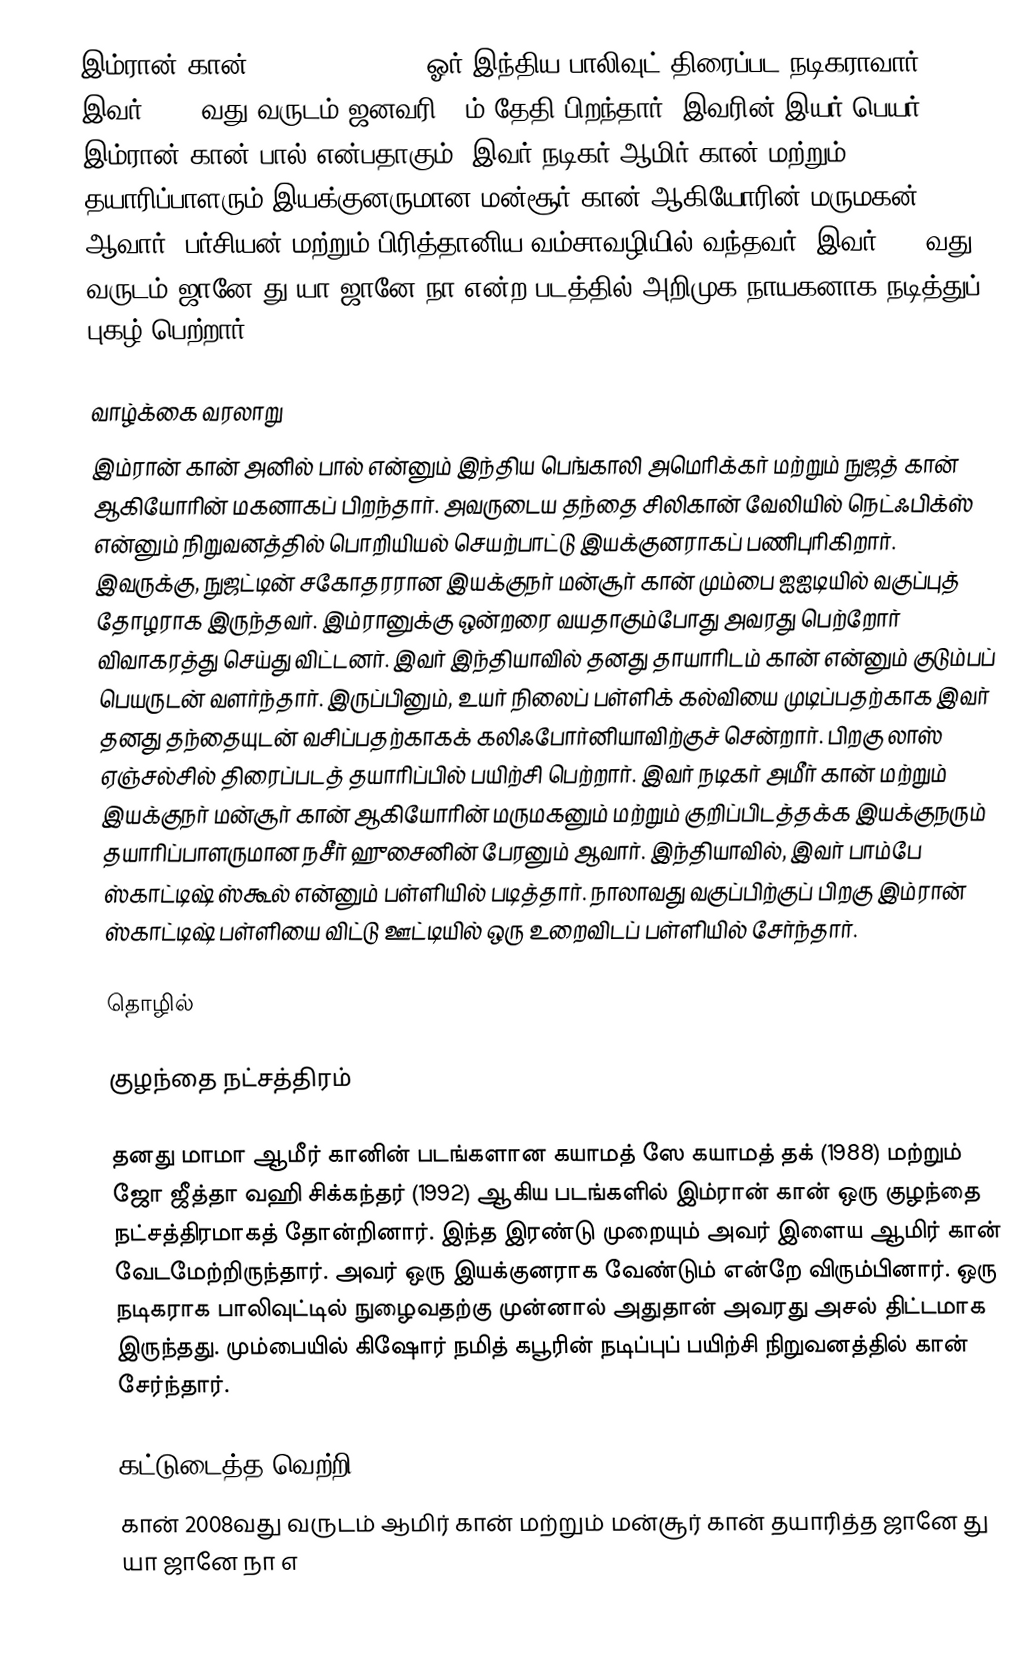
இம்ரான் கான் ('Imran Khan', , ஓர் இந்திய பாலிவுட் திரைப்பட நடிகராவார். இவர் 1983 வது வருடம் ஜனவரி 13ம் தேதி பிறந்தார். இவரின் இயர் பெயர்  இம்ரான் கான் பால்  என்பதாகும். இவர் நடிகர் ஆமிர் கான் மற்றும் தயாரிப்பாளரும் இயக்குனருமான மன்சூர் கான் ஆகியோரின் மருமகன் ஆவார். பர்சியன் மற்றும் பிரித்தானிய வம்சாவழியில் வந்தவர். இவர் 2008வது வருடம் ஜானே து யா ஜானே நா என்ற படத்தில் அறிமுக நாயகனாக நடித்துப் புகழ் பெற்றார்.

வாழ்க்கை வரலாறு
இம்ரான் கான் அனில் பால் என்னும் இந்திய பெங்காலி அமெரிக்கர் மற்றும் நுஜத் கான் ஆகியோரின் மகனாகப் பிறந்தார். அவருடைய தந்தை சிலிகான் வேலியில் நெட்ஃபிக்ஸ் என்னும் நிறுவனத்தில் பொறியியல் செயற்பாட்டு இயக்குனராகப் பணிபுரிகிறார். இவருக்கு, நுஜட்டின் சகோதரரான இயக்குநர் மன்சூர் கான் மும்பை ஐஐடியில் வகுப்புத் தோழராக இருந்தவர். இம்ரானுக்கு ஒன்றரை வயதாகும்போது அவரது பெற்றோர் விவாகரத்து செய்து விட்டனர்.  இவர் இந்தியாவில் தனது தாயாரிடம் கான் என்னும் குடும்பப் பெயருடன்  வளர்ந்தார். இருப்பினும், உயர் நிலைப் பள்ளிக் கல்வியை முடிப்பதற்காக இவர் தனது தந்தையுடன் வசிப்பதற்காகக் கலிஃபோர்னியாவிற்குச் சென்றார். பிறகு லாஸ் ஏஞ்சல்சில் திரைப்படத் தயாரிப்பில் பயிற்சி பெற்றார். இவர் நடிகர் அமீர் கான் மற்றும் இயக்குநர் மன்சூர் கான் ஆகியோரின் மருமகனும் மற்றும் குறிப்பிடத்தக்க இயக்குநரும் தயாரிப்பாளருமான நசீர் ஹுசைனின் பேரனும் ஆவார். இந்தியாவில், இவர் பாம்பே ஸ்காட்டிஷ் ஸ்கூல் என்னும் பள்ளியில் படித்தார். நாலாவது வகுப்பிற்குப் பிறகு இம்ரான் ஸ்காட்டிஷ் பள்ளியை விட்டு ஊட்டியில் ஒரு உறைவிடப் பள்ளியில் சேர்ந்தார்.

தொழில்

குழந்தை நட்சத்திரம்

தனது மாமா ஆமீர் கானின் படங்களான கயாமத் ஸே கயாமத் தக் (1988) மற்றும் ஜோ ஜீத்தா வஹி சிக்கந்தர் (1992) ஆகிய படங்களில் இம்ரான் கான் ஒரு குழந்தை நட்சத்திரமாகத் தோன்றினார். இந்த இரண்டு முறையும் அவர் இளைய ஆமிர் கான் வேடமேற்றிருந்தார். அவர் ஒரு இயக்குனராக வேண்டும் என்றே விரும்பினார். ஒரு நடிகராக பாலிவுட்டில் நுழைவதற்கு முன்னால் அதுதான் அவரது அசல் திட்டமாக இருந்தது. மும்பையில் கிஷோர் நமித் கபூரின் நடிப்புப் பயிற்சி நிறுவனத்தில் கான் சேர்ந்தார்.

கட்டுடைத்த வெற்றி (2008)
கான் 2008வது வருடம் ஆமிர் கான் மற்றும் மன்சூர் கான் தயாரித்த ஜானே து யா ஜானே நா  எ